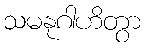
သမနုဂါဟိတွာ